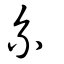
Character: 系